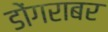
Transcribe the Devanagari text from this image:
डोंगराबर